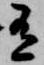
有